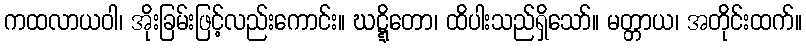
ကထလာယဝါ၊ အိုးခြမ်းဖြင့်လည်းကောင်း။ ဃဋ္ဋိတော၊ ထိပါးသည်ရှိသော်။ မတ္တာယ၊ အတိုင်းထက်။